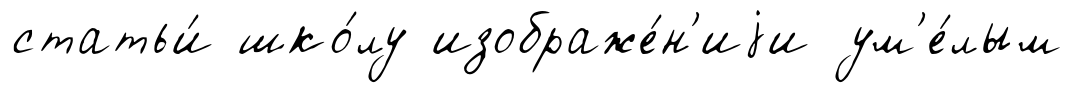
статьи́ шко́лу изображе́н'иjи ум'е́лым